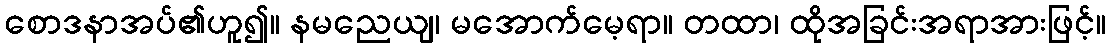
စောဒနာအပ်၏ဟူ၍။ နမညေယျ၊ မအောက်မေ့ရာ။ တထာ၊ ထိုအခြင်းအရာအားဖြင့်။